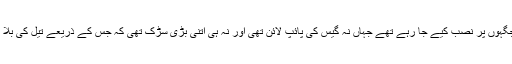
ان میں سے بعض بجلی گھر ایسی جگہوں پر نصب کیے جا رہے تھے جہاں نہ گیس کی پائپ لائن تھی اور نہ ہی اتنی بڑی سڑک تھی کہ جس کے ذریعے تیل کی بلا روک فراہمی ممکن بنائی جا سکتی۔